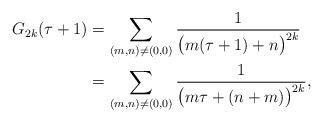
LaTeX: \begin{align*}G_{2k}(\tau + 1) &= \sum_{(m, n) \neq (0, 0)} \frac{1}{\big(m(\tau+1) + n\big)^{2k}}\\ &= \sum_{(m, n) \neq (0, 0)} \frac{1}{\big(m\tau + (n+m)\big)^{2k}},\end{align*}